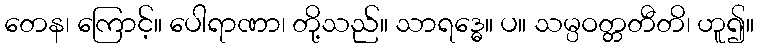
တေန၊ ကြောင့်။ ပေါရာဏာ၊ တို့သည်။ သာရဒ္ဓေ။ ပ။ သမ္ပဝတ္တတီတိ၊ ဟူ၍။